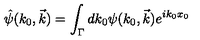
\hat { \psi } ( k _ { 0 } , \vec { k } ) = \int _ { \Gamma } d k _ { 0 } \psi ( k _ { 0 } , \vec { k } ) e ^ { i k _ { 0 } x _ { 0 } }